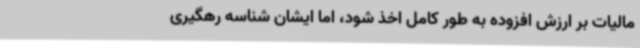
مالیات بر ارزش افزوده به طور کامل اخذ شود، اما ایشان شناسه رهگیری